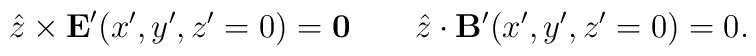
{\hat z}\times {\bf E}'(x',y',z'=0)={\bf 0}\;\;\;\;\;\;\;{\hat z}\cdot {\bf B}'(x',y',z'=0)=0.